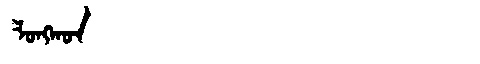
Manchu: ᠯᠣᠩᡴᠣᠨ
Romanization: LONGKON